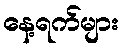
နေ့ရက်များ